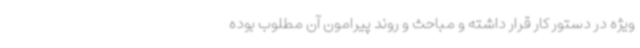
ویژه در دستور کار قرار داشته و مباحث و روند پیرامون آن مطلوب بوده